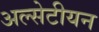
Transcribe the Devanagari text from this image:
अल्सेटीयन